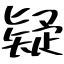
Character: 疑